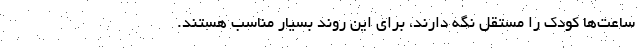
ساعت‌ها کودک را مستقل نگه دارند، برای این روند بسیار مناسب هستند.